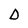
Character: D